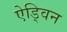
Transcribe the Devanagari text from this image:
ऐड्विन